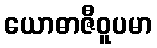
ယောဓာဇီဝူပမာ